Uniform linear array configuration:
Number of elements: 64
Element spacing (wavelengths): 1
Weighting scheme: blackman
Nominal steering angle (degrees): -60
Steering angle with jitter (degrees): -59.398
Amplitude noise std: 0.05
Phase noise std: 0.05

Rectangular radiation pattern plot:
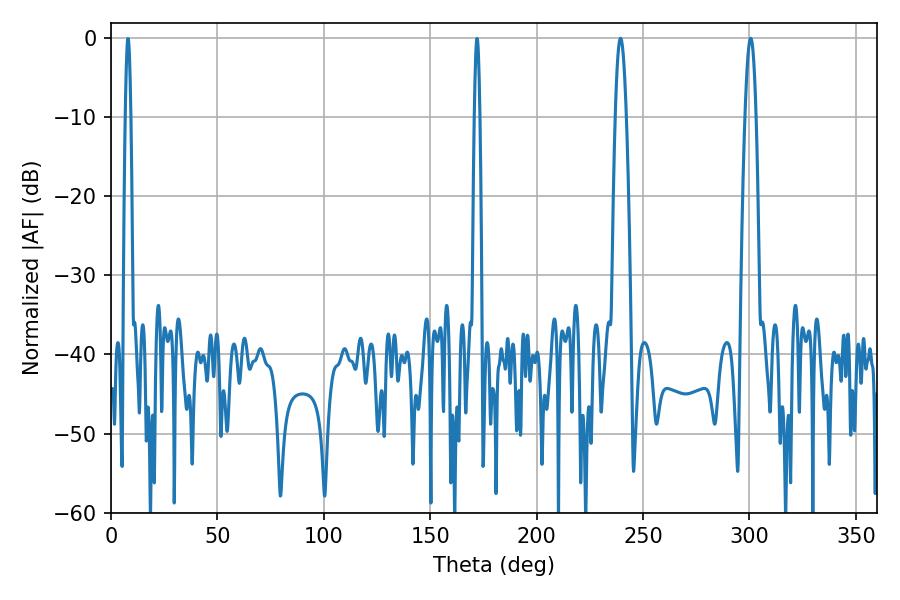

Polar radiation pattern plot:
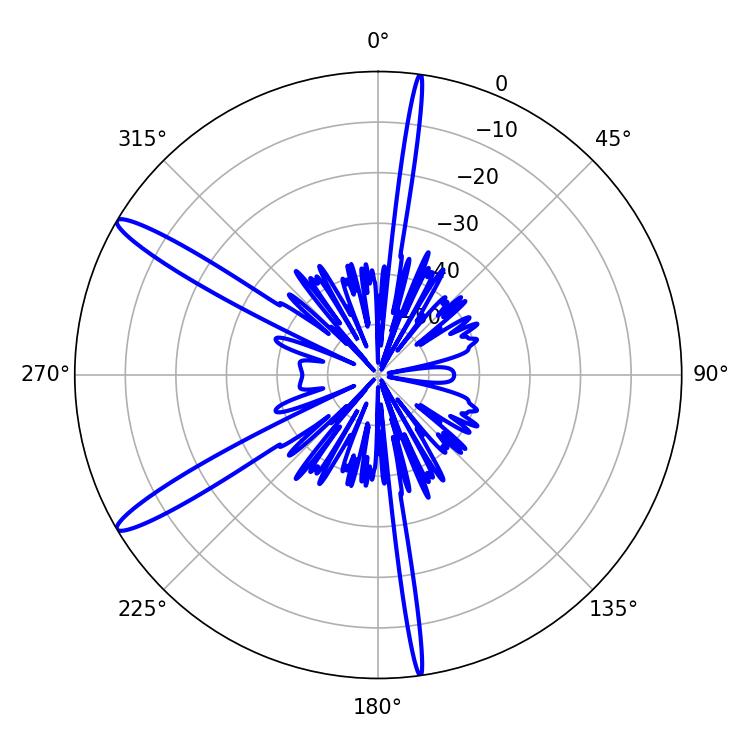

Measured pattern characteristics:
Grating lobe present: TRUE
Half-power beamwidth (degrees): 2.7
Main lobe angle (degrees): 239.4